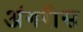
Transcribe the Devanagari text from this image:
अंगरीस